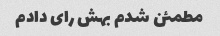
مطمئن شدم بهش رای دادم